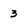
Character: 3